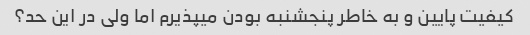
کیفیت پایین و به خاطر پنجشنبه بودن میپذیرم اما ولی در این حد؟